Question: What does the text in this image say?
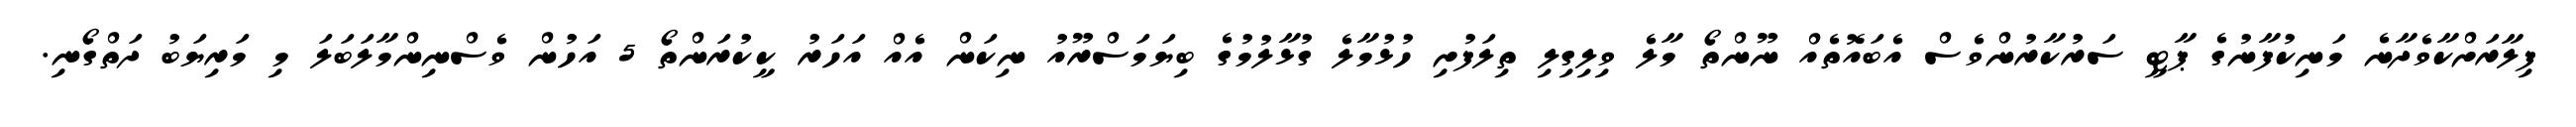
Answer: ފިލާރަށްކާވެދާނެ މަނިކުފާނުގެ ޕާޓީ ސަރުކާރުންވެސް އެބައޮތެއް ނޫންތޯ މާލެ ވިލިގިލި ތިލަފުށި ހުޅުމާލެ ގުޅާލުމުގެ ބިޔަމަސްރޫއު ނިކަން އެއް އަހަރު ކީކުރަންތޯ 5 އަހުން ވެސްނިންމާލަބަލަ މި މަރިޔަބު ދަތްގޯނި.